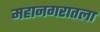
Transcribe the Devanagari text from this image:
महानगरातला